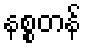
နစ္စတန်